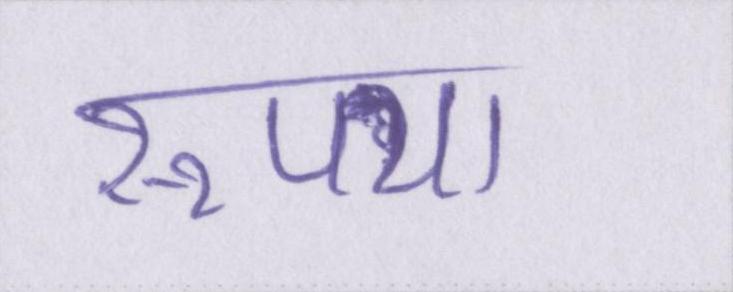
रूपया